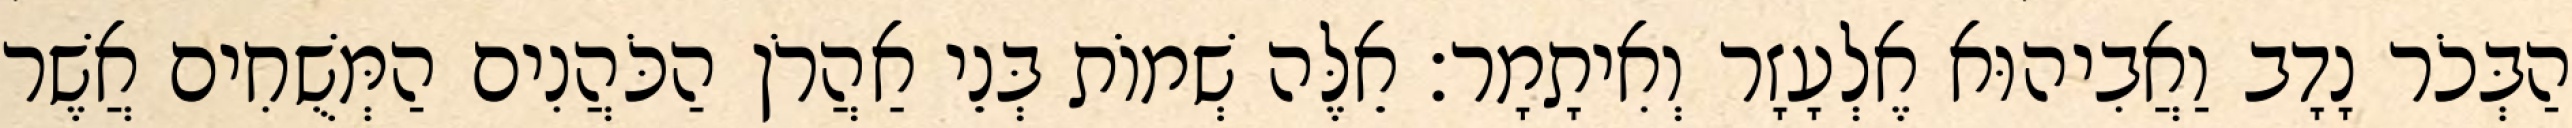
הַבְּכֹר נָדָב וַאֲבִיהוּא אֶלְעָזָר וְאִיתָמָר׃ אֵלֶּה שְׁמוֹת בְּנֵי אַהֲרֹן הַכֹּהֲנִים הַמְּשֻׁחִים אֲשֶׁר